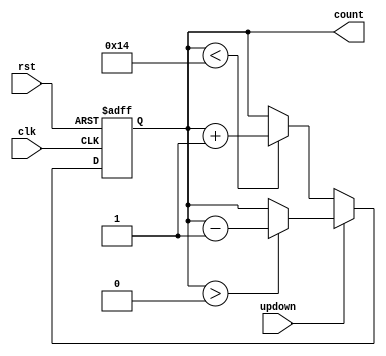


module count(clk,rst,updown,count); //0-20 Counter
output [4:0] count;
input updown;
reg [4:0] count_reg;
input rst,clk;

always @(posedge clk or posedge rst)
begin
if(rst)
 count_reg <= 5'b0;
else if(~updown)
 count_reg <= (count_reg<5'd20)?count_reg + 5'b1:count_reg;
else
 count_reg <= (count_reg>5'b0)?count_reg - 5'b1:count_reg;
end 
assign count = count_reg;
endmodule